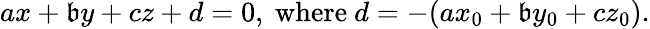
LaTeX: ax+\mathfrak{b}y+cz+d=0,{\mathrm{{~where~}}}d=-(ax_{0}+\mathfrak{b}y_{0}+cz_{0}).